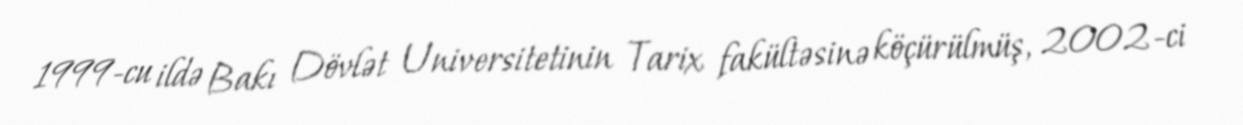
1999-cu ildə Bakı Dövlət Universitetinin Tarix fakültəsinə köçürülmüş, 2002-ci